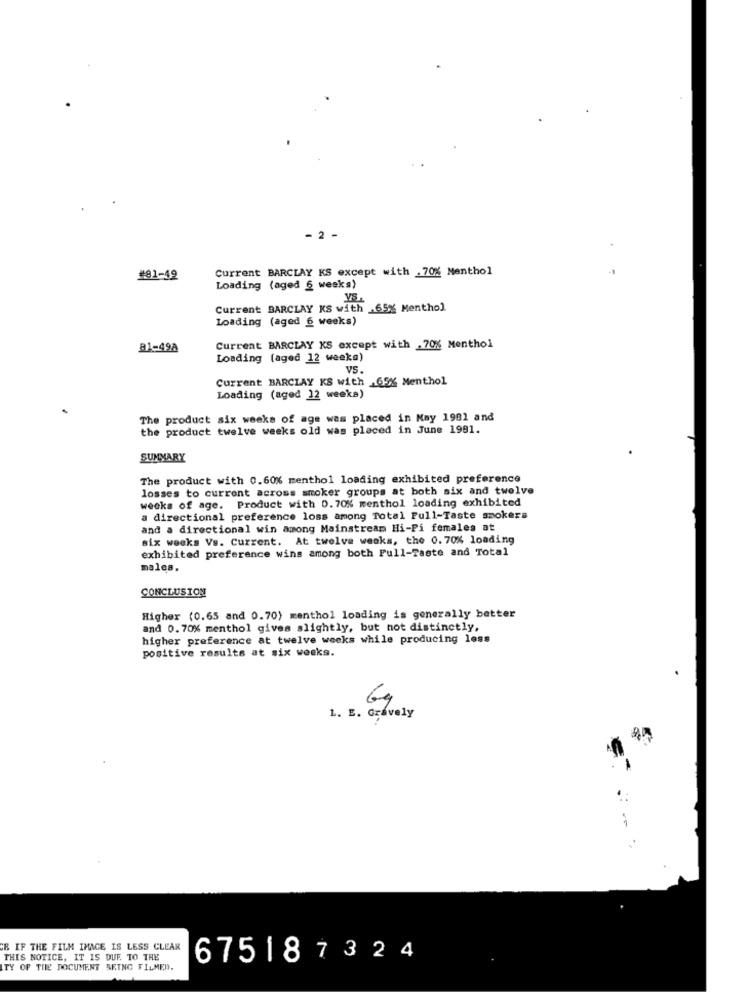
- 2 -
Current BARCLAY KS except with . 70% Menthol
#82-49
Loading (aged § wesks)
Current BARCLAY KS with .65% Menthol
Loading (aged 6 weeks)
81-49A
Current BARCLAY KS except with .70% Menthol
Loading (aged 12 weeks)
VS.
Current BARCLAY KS with ,65% Menthol
Loading (aged 12 weeks)
The product six weeks of age was placed in May 1981 and
the product twelve weeks old was placed in June 1991.
SUMMARY
The product with 0.60% menthol loading exhibited preference
losses to current across smoker groups at both six and twelve
weeks of age. Product with 0.70% menthol loading exhibited
a directional preference loss among Total Pull-Taste smokers
and a directional win among Mainstream Hi-Pi females at
six weeks Vs. Current. At twelve weeks, the 0. 70% loading
exhibited preference wins among both Full-Taste and Total
malea.
CONCLUSION
Higher (0.65 and 0.70) menthol loading is generally better
and 0.70% menthol gives slightly, but not distinctly,
higher preference at twelve weeks while producing less
positive results at six weeks.
CR IF THE FILM IMAGE IS LESS CLEAR
THIS NOTICE, IT IS DUF. TO THE
675187324
ITY OF THE DOCUMENT BRING FILMED.